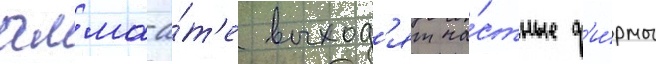
алма-а́т'е выход'ят ча́стные ф'и́рмы